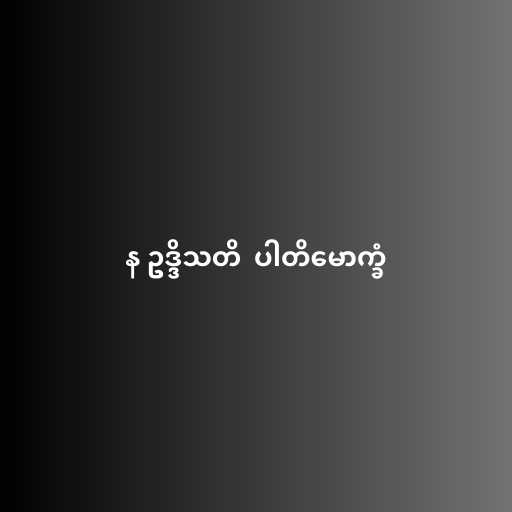
န ဥဒ္ဒိသတိ  ပါတိမောက္ခံ